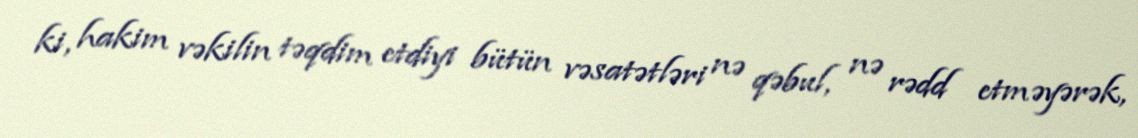
ki, hakim vəkilin təqdim etdiyi bütün vəsatətləri nə qəbul, nə rədd etməyərək,